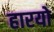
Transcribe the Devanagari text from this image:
हारयो